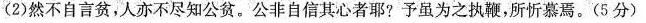
(2)然不自言贫，人亦不尽知公贫。公非自信其心者耶?予虽为之执鞭，所忻慕焉。（3分）